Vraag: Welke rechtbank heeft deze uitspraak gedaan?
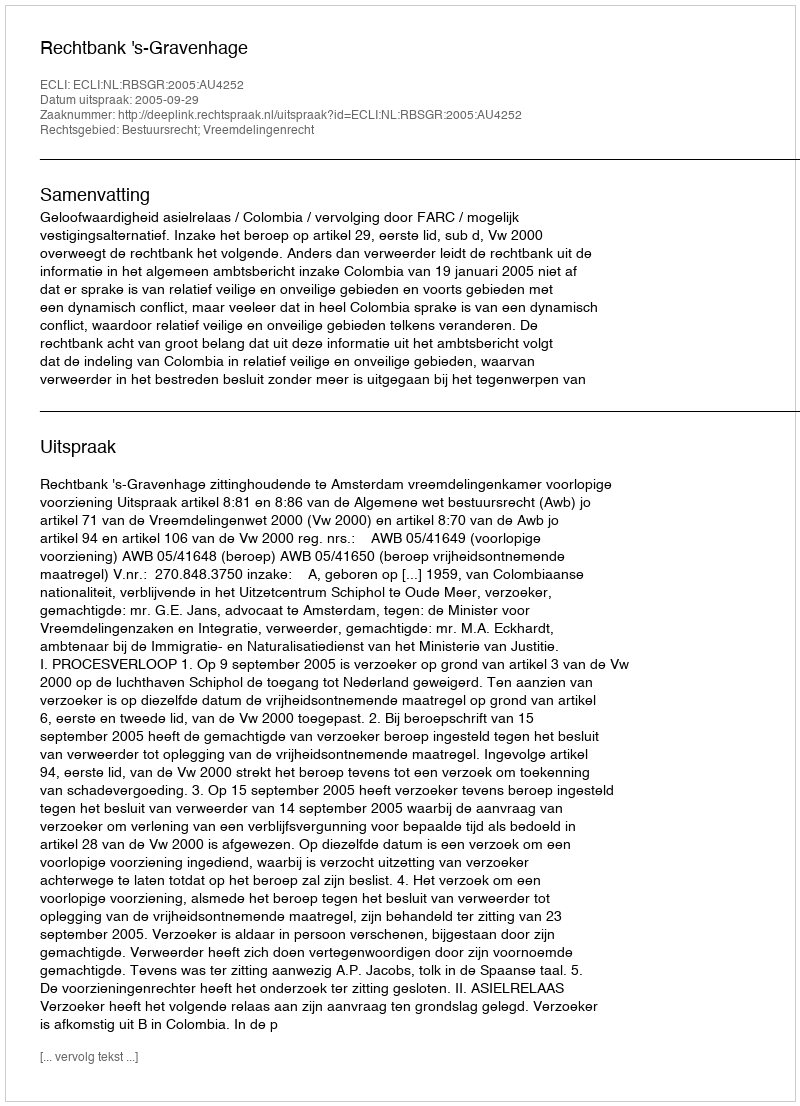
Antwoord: Rechtbank 's-Gravenhage